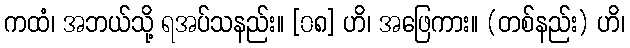
ကထံ၊ အဘယ်သို့ ရအပ်သနည်း။ [၀၈] ဟိ၊ အဖြေကား။ (တစ်နည်း) ဟိ၊